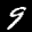
Label: 9